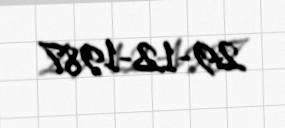
29-12-1987